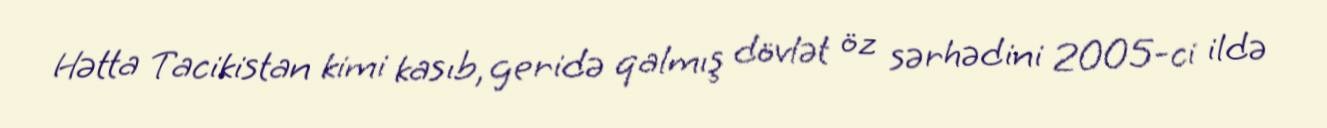
Hətta Tacikistan kimi kasıb, geridə qalmış dövlət öz sərhədini 2005-ci ildə